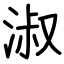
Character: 淑